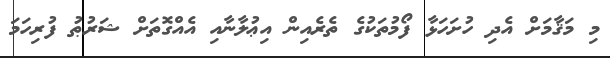
މި މަޤާމަށް އެދި ހުށަހަޅާ ފޯމުތަކުގެ ތެރެއިން އިޢުލާނާއި އެއްގޮތަށް ޝަރުޠު ފުރިހަމަ